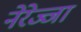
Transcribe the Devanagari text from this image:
नेरेज्जा